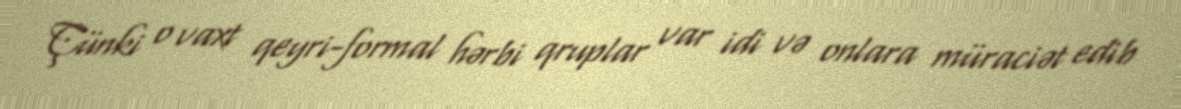
Çünki o vaxt qeyri-formal hərbi qruplar var idi və onlara müraciət edib